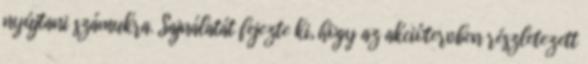
nyújtani számukra. Sajnálatát fejezte ki, hogy az akciótervben részletezett